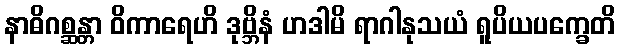
နာဓိဂစ္ဆန္တာ ဝိကာရေဟိ ဒုဗ္ဘိနံ ဟဒါမိ ရာဂါနုသယံ ရူပိယပက္ခေတိ